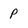
Character: p